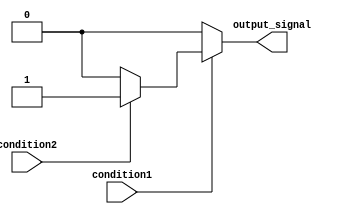
module nested_if_else (
    input wire condition1,
    input wire condition2,
    output reg output_signal
);

always @(*)
begin
    if(condition1)
    begin
        if(condition2)
        begin
            output_signal <= 1'b1;
        end
        else
        begin
            output_signal <= 1'b0;
        end
    end
    else
    begin
        output_signal <= 1'b0;
    end
end

endmodule